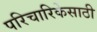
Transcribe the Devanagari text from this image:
परिचारिकेसाठी